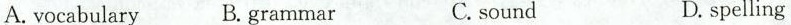
A. vocabulary B.grammar C. Sound D. spelling